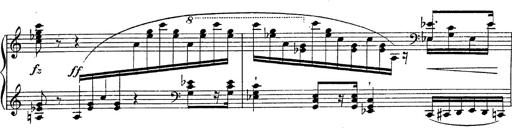
Title: Fantasie Ã¼ber Themen aus Mozarts Figaro und Don Giovanni
Composer: Franz Liszt